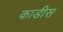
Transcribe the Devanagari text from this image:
काडीस